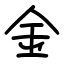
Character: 金